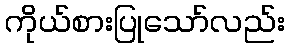
ကိုယ်စားပြုသော်လည်း